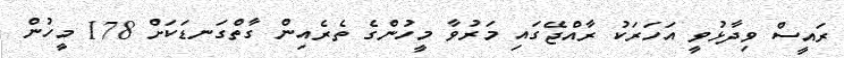
ރައީސް ވިދާޅުވީ އަހަރަކު ރާއްޖޭގައި މަރުވާ މީހުންގެ ތެރެއިން ގާތްގަނޑަކަށް 178 މީހުން